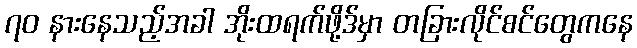
၇၀ နားနေသည့်အခါ အိုးထရက်ဖို့ဒ်မှာ တခြားလိုင်စင်တွေကနေ